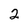
Character: 2